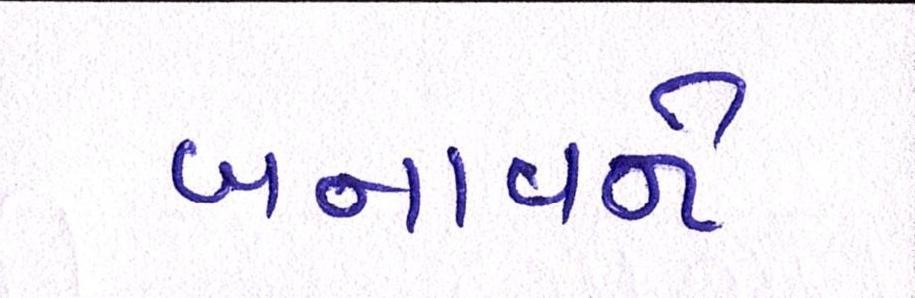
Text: બનાવને